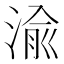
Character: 渝